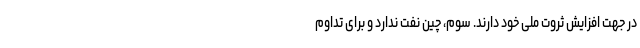
در جهت افزایش ثروت ملی خود دارند. سوم، چین نفت ندارد و برای تداوم